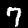
Label: 7